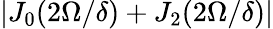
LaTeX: |J_{0}(2\Omega/\delta)+J_{2}(2\Omega/\delta)|